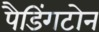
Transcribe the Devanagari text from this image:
पैडिंगटोन